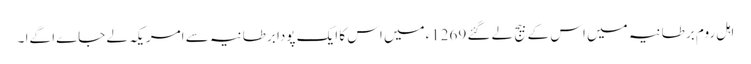
اہل روم برطانیہ میں اس کے بیج لے گئے 1269ءمیں اس کا ایک پودا برطانیہ سے امریکہ لے جاےا گےا ۔